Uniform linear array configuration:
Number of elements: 8
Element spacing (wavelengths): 0.5
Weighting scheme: uniform
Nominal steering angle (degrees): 0
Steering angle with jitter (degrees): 1.907
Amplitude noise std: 0.05
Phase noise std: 0.05

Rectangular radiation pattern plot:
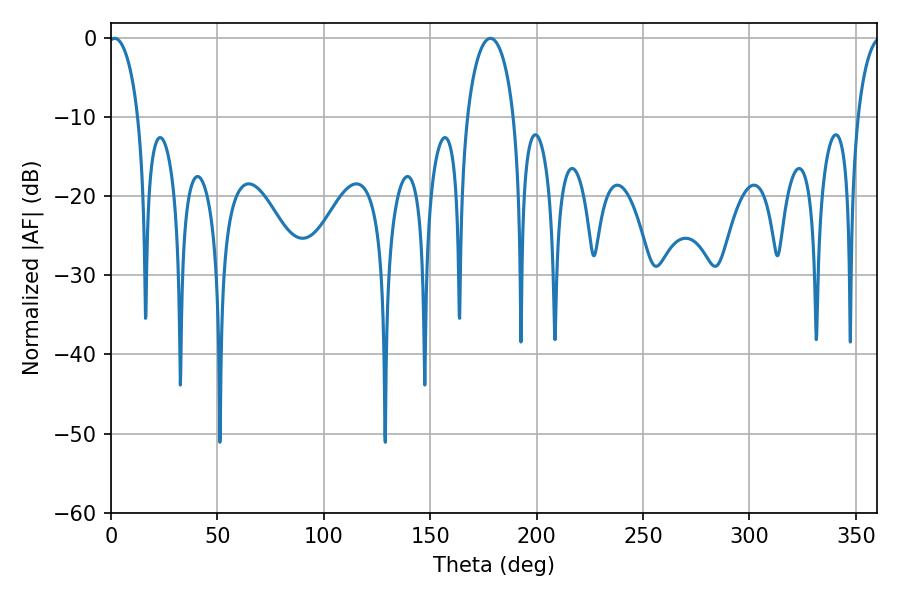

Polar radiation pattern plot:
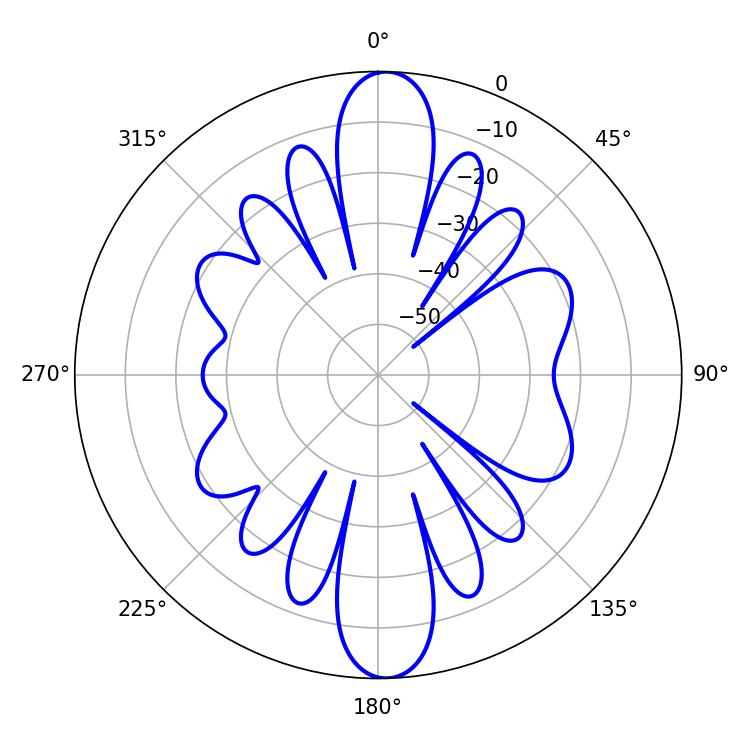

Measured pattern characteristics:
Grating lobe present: FALSE
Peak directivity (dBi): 21.026
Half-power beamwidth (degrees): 8.1
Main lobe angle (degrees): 1.8